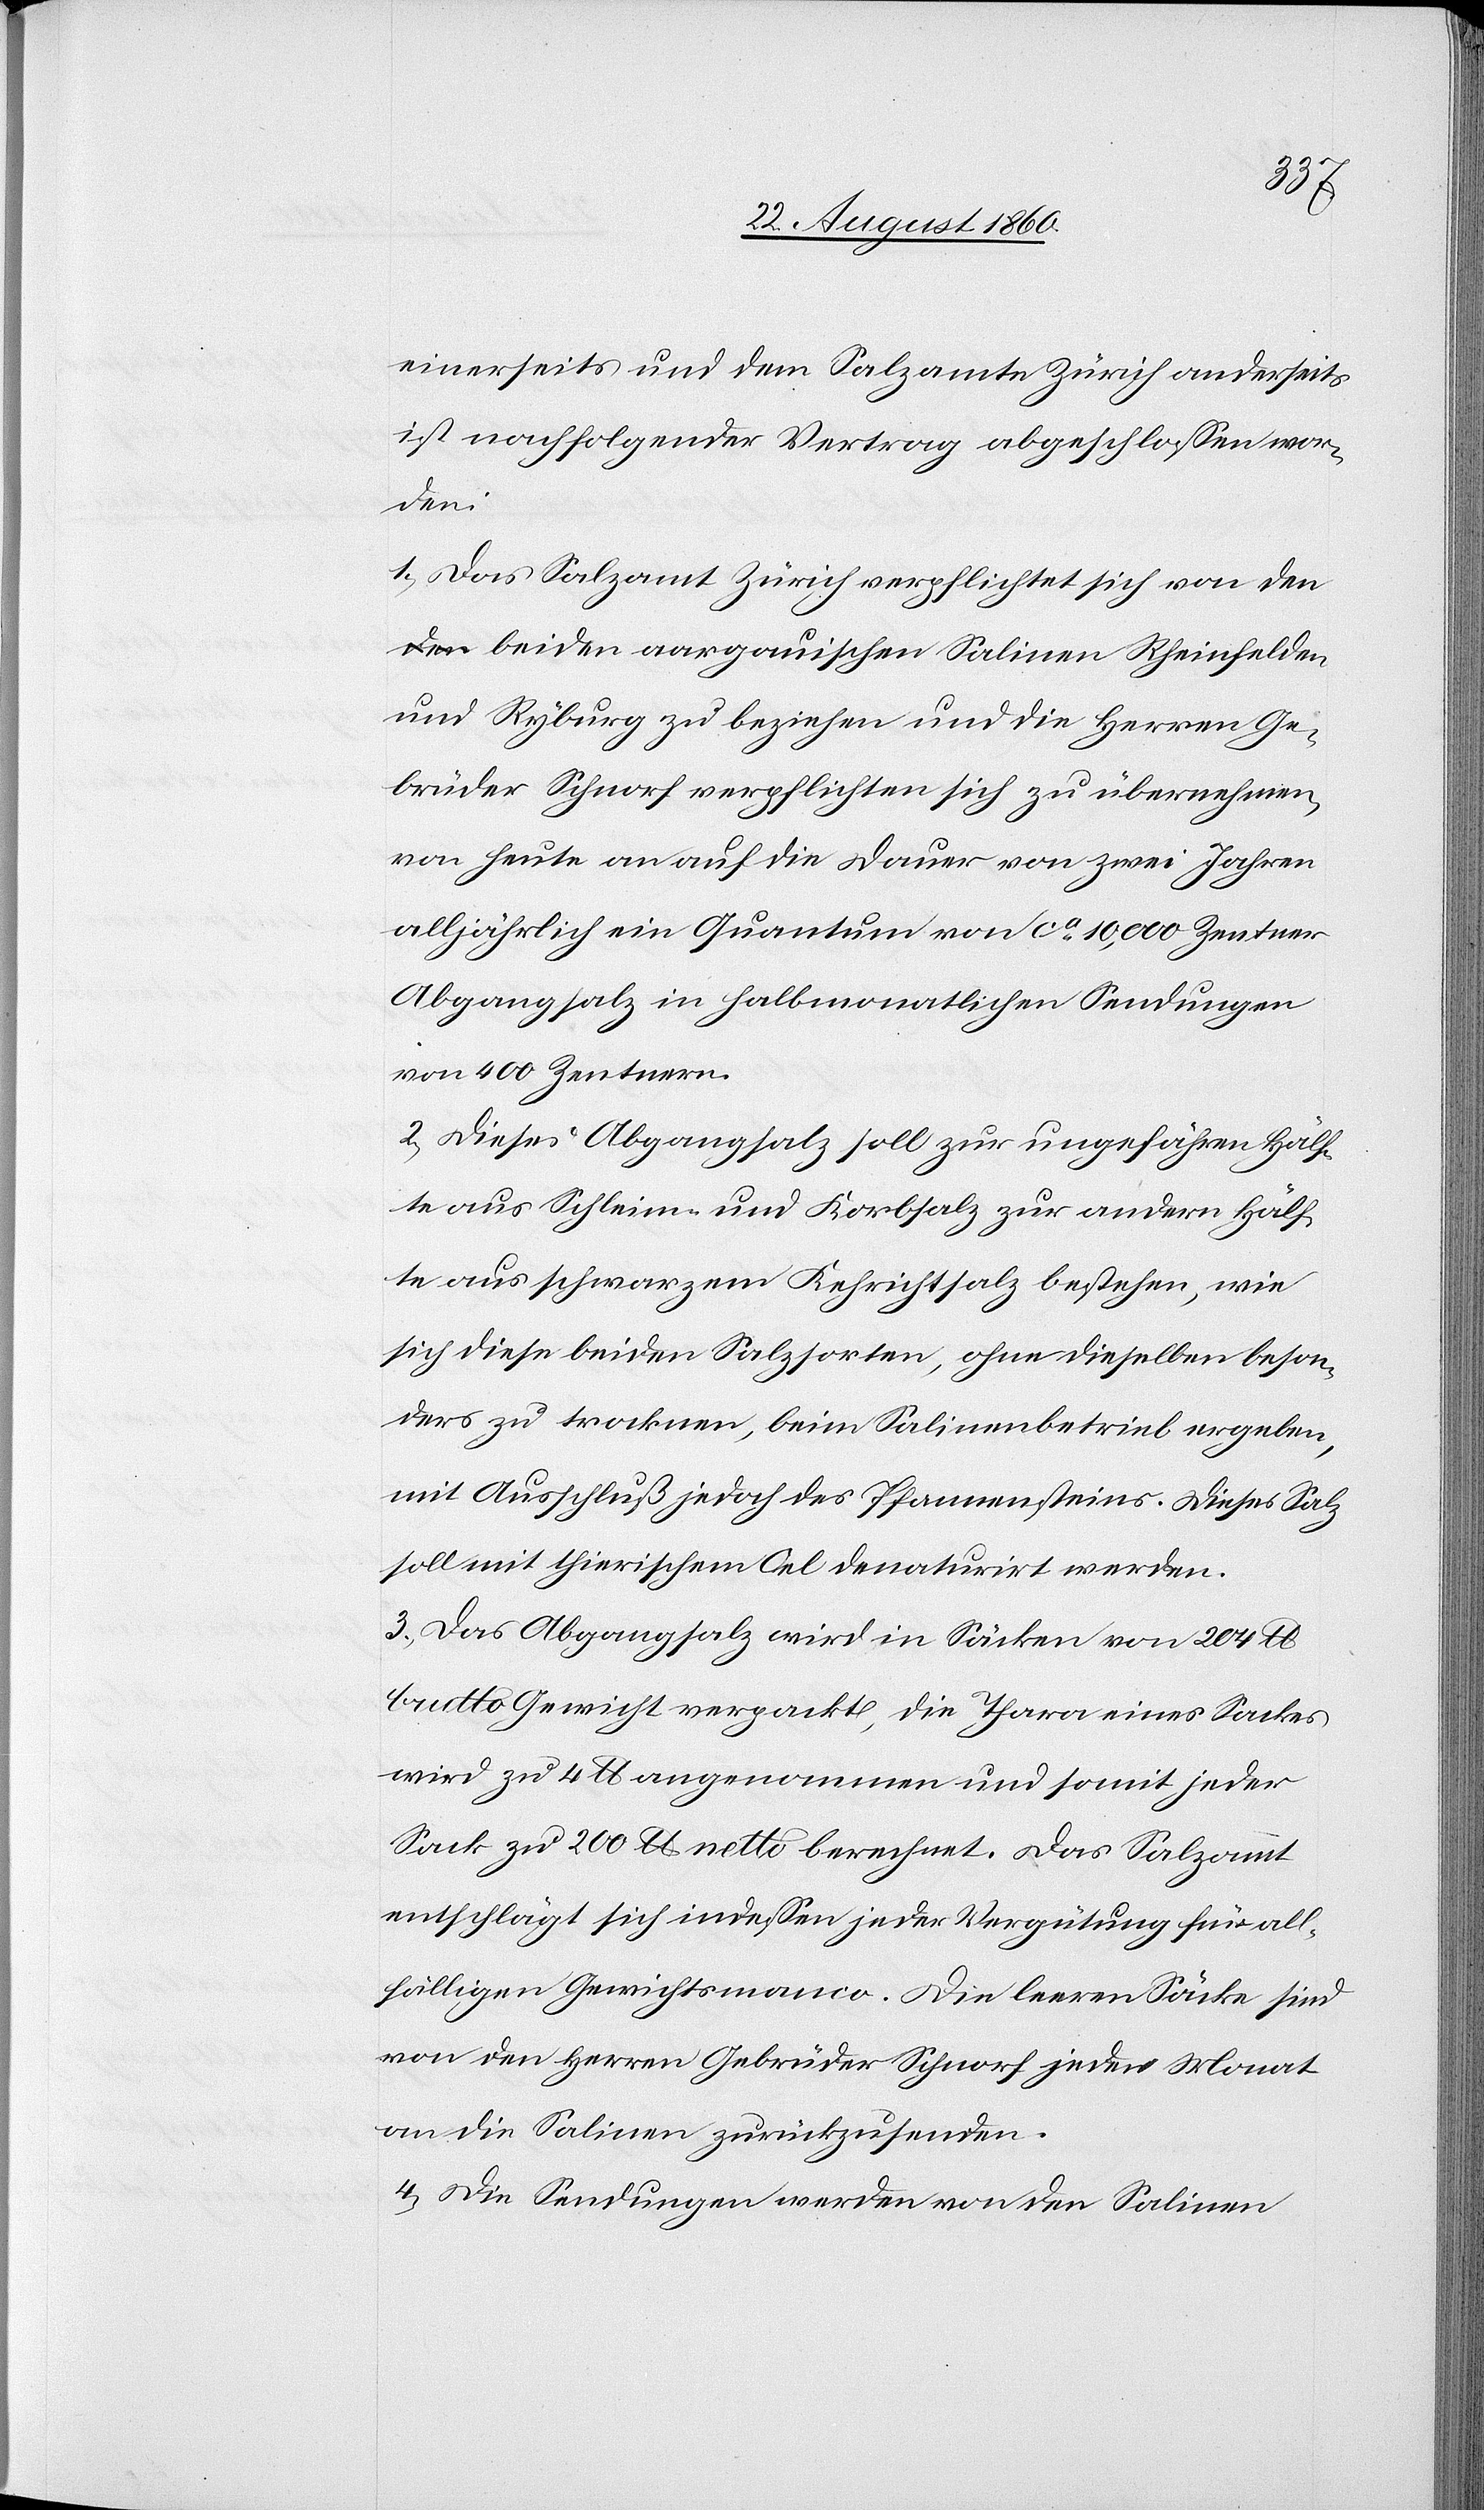
einerseits und dem Salzamte Zürich anderseits
ist nachfolgender Vertrag abgeschlossen wor¬
den:
1) Das Salzamt Zürich verpflichtet sich von de¬
n beiden aargauischen Salinen Rheinfelden
und Ryburg zu beziehen und die Herren Ge¬
brüder Schnorf verpflichten sich zu übernehmen,
von heute an auf die Dauer von zwei Jahren,
alljährlich ein Quantum von ca. 10 000 Centner
Abgangsalz in halbmonatlichen Sendungen
von 400 Zentnern.
2) Dieses Abgangsalz soll zur ungefähren Hälf¬
te aus Schleim- und Korbsalz zur andern Hälf¬
te aus schwarzem Kehrichtsalz bestehen, wie
sich diese beiden Salzsorten, ohne besonders diesel¬
ben zu trocknen, beim Salinenbetrieb ergeben,
mit Ausschluss jedoch des Pfannensteins. Dieses Salz
soll mit thierischem Oel denaturirt werden.
3) Das Abgangsalz wird in Säcken von 204 lb
brutto Gewicht verpackt, die Thara eines Sackes
wird zu 4 lb angenommen und somit jeder
Sack zu 200 lb netto berechnet. Das Salzamt
entschlägt sich indessen jeder Vergütung für all¬
fälliges Gewichtsmanco. Die leeren Säcke sind
von den Herren Gebrüder Schnorf jeden Monat
an die Salinen zurückzusenden.
4) Die Sendungen werden von den Salinen